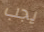
يجب